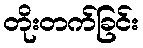
တိုးတက်ခြင်း